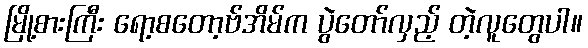
မြို့စားကြီး ရော့စတော့ဗ်အိမ်က ပွဲတော်လှည့် တဲ့လူတွေပါ။